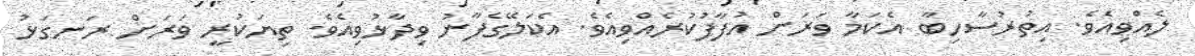
ލެއްވިއެވެ. އިތުރުސާހިބާ އެކަމާ ވަރަށް އުފާފުކުރެއްވިއެވެ. އެކަލޭގެފާނު ވިދާޅުވިއެވެ. ތިޔަކުރީ ވަރަށް ރަނގަޅު